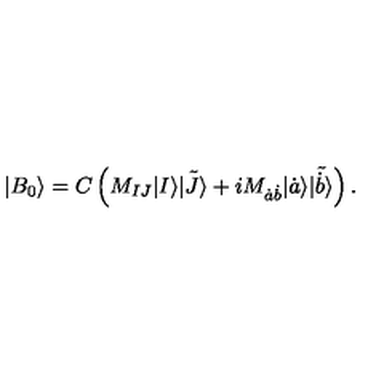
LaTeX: | B _ { 0 } \rangle = C \left( M _ { I J } | I \rangle \tilde { | J \rangle } + i M _ { \dot { a } \dot { b } } | \dot { a } \rangle \tilde { | \dot { b } \rangle } \right) .